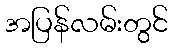
အပြန်လမ်းတွင်